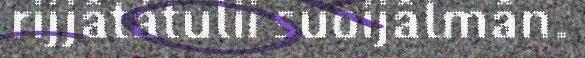
rijjâtátulii suoijâlmân.